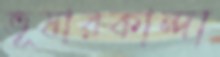
ভূষারকান্দা